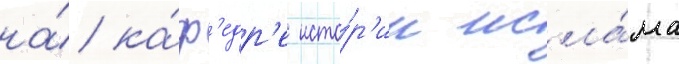
на́ ка́ф'едр'е исто́р'ии исла́ма